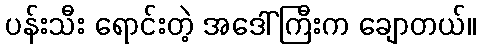
ပန်းသီး ရောင်းတဲ့ အဒေါ်ကြီးက ချောတယ်။